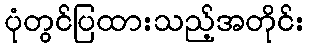
ပုံတွင်ပြထားသည့်အတိုင်း